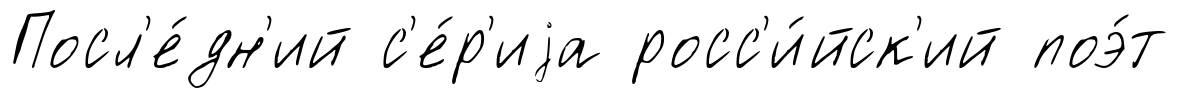
Посл'е́дн'ий с'е́р'иjа росс'и́йск'ий поэ́т